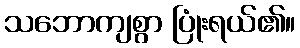
သဘောကျစွာ ပြုံးရယ်၏။